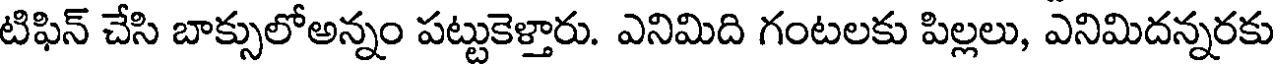
టిఫిన్ చేసి బాక్సులోఅన్నం పట్టుకెళ్తారు. ఎనిమిది గంటలకు పిల్లలు, ఎనిమిదన్నరకు